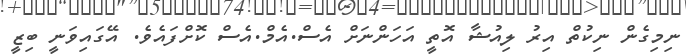
ނިމިގެން ނިކުތް އިރު ލިއުޝާ އޮތީ އަހަންނަށް އެސް.އެމް.އެސް ކޮށްފައެވެ. އޭގައިވަނީ ބިޒީ